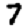
Digit: 7